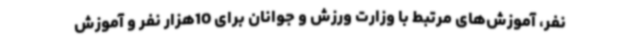
نفر، آموزش‌های مرتبط با وزارت ورزش و جوانان برای 10هزار نفر و آموزش